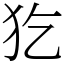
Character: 犵